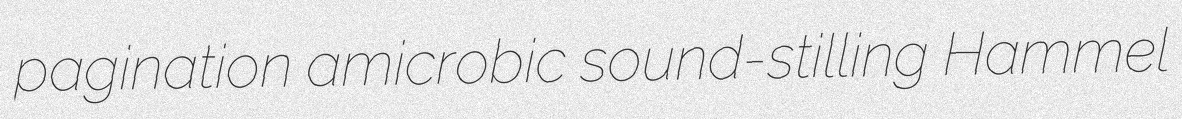
pagination amicrobic sound-stilling Hammel